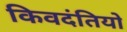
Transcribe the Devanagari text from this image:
किवदंतियो